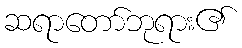
ဆရာတော်ဘုရား၏